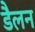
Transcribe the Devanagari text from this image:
डैलन